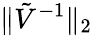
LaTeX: \| \tilde{V}^{-1}\| _{2}